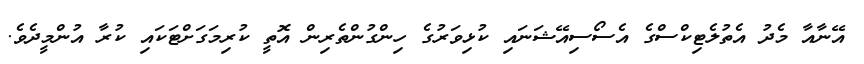
އޭނާއާ މެދު އެތުލެޓިކްސްގެ އެސޯސިއޭޝަނައި ކުޅިވަރުގެ ހިންގުންތެރިން އޮތީ ކުރިމަގަށްޓަކައި ކުރާ އުންމީދެވެ.